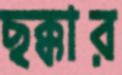
ছক্কার